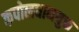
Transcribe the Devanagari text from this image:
कपोलधानयुक्त